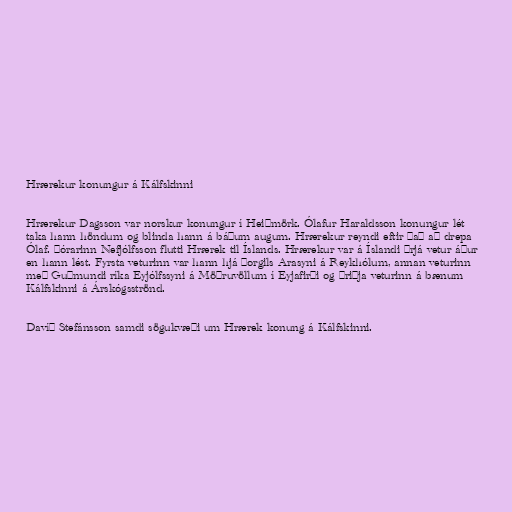
Hrærekur konungur á Kálfskinni

Hrærekur Dagsson var norskur konungur í Heiðmörk. Ólafur Haraldsson konungur lét
taka hann höndum og blinda hann á báðum augum. Hrærekur reyndi eftir það að drepa
Ólaf. Þórarinn Nefjólfsson flutti Hrærek til Íslands. Hrærekur var á Íslandi þrjá vetur áður
en hann lést. Fyrsta veturinn var hann hjá Þorgils Arasyni á Reykhólum, annan veturinn
með Guðmundi ríka Eyjólfssyni á Möðruvöllum í Eyjafirði og þriðja veturinn á bænum
Kálfskinni á Árskógsströnd.

Davíð Stefánsson samdi sögukvæði um Hrærek konung á Kálfskinni.